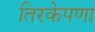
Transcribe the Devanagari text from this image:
तिरकेपणा